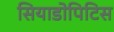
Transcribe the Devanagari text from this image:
सियाडोपिटिस